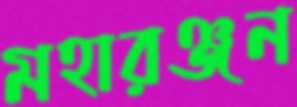
মহারঞ্জন